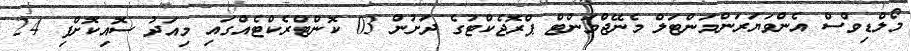
މޯލްޑިވްސް އެންވަޔަރަންމަންޓަލް މެނޭޖްމަންޓް ޕްރޮޖެކްޓުގެ ދަށުން 03 ކޮންޓްރެކްޓެއްގައި މިއަދު ސޮއިކޮށްފި 24